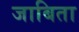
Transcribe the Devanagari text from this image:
जाबिता